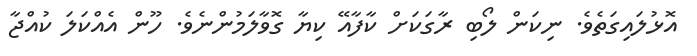
އޮޅުލައިގަތެވެ. ނިކަން ލޯބި ރާގަކަށް ކާފާއޭ ކިޔާ ގޮވާލަމުންނެވެ. ހޫން އެއްކަލަ ކުއްޖާ